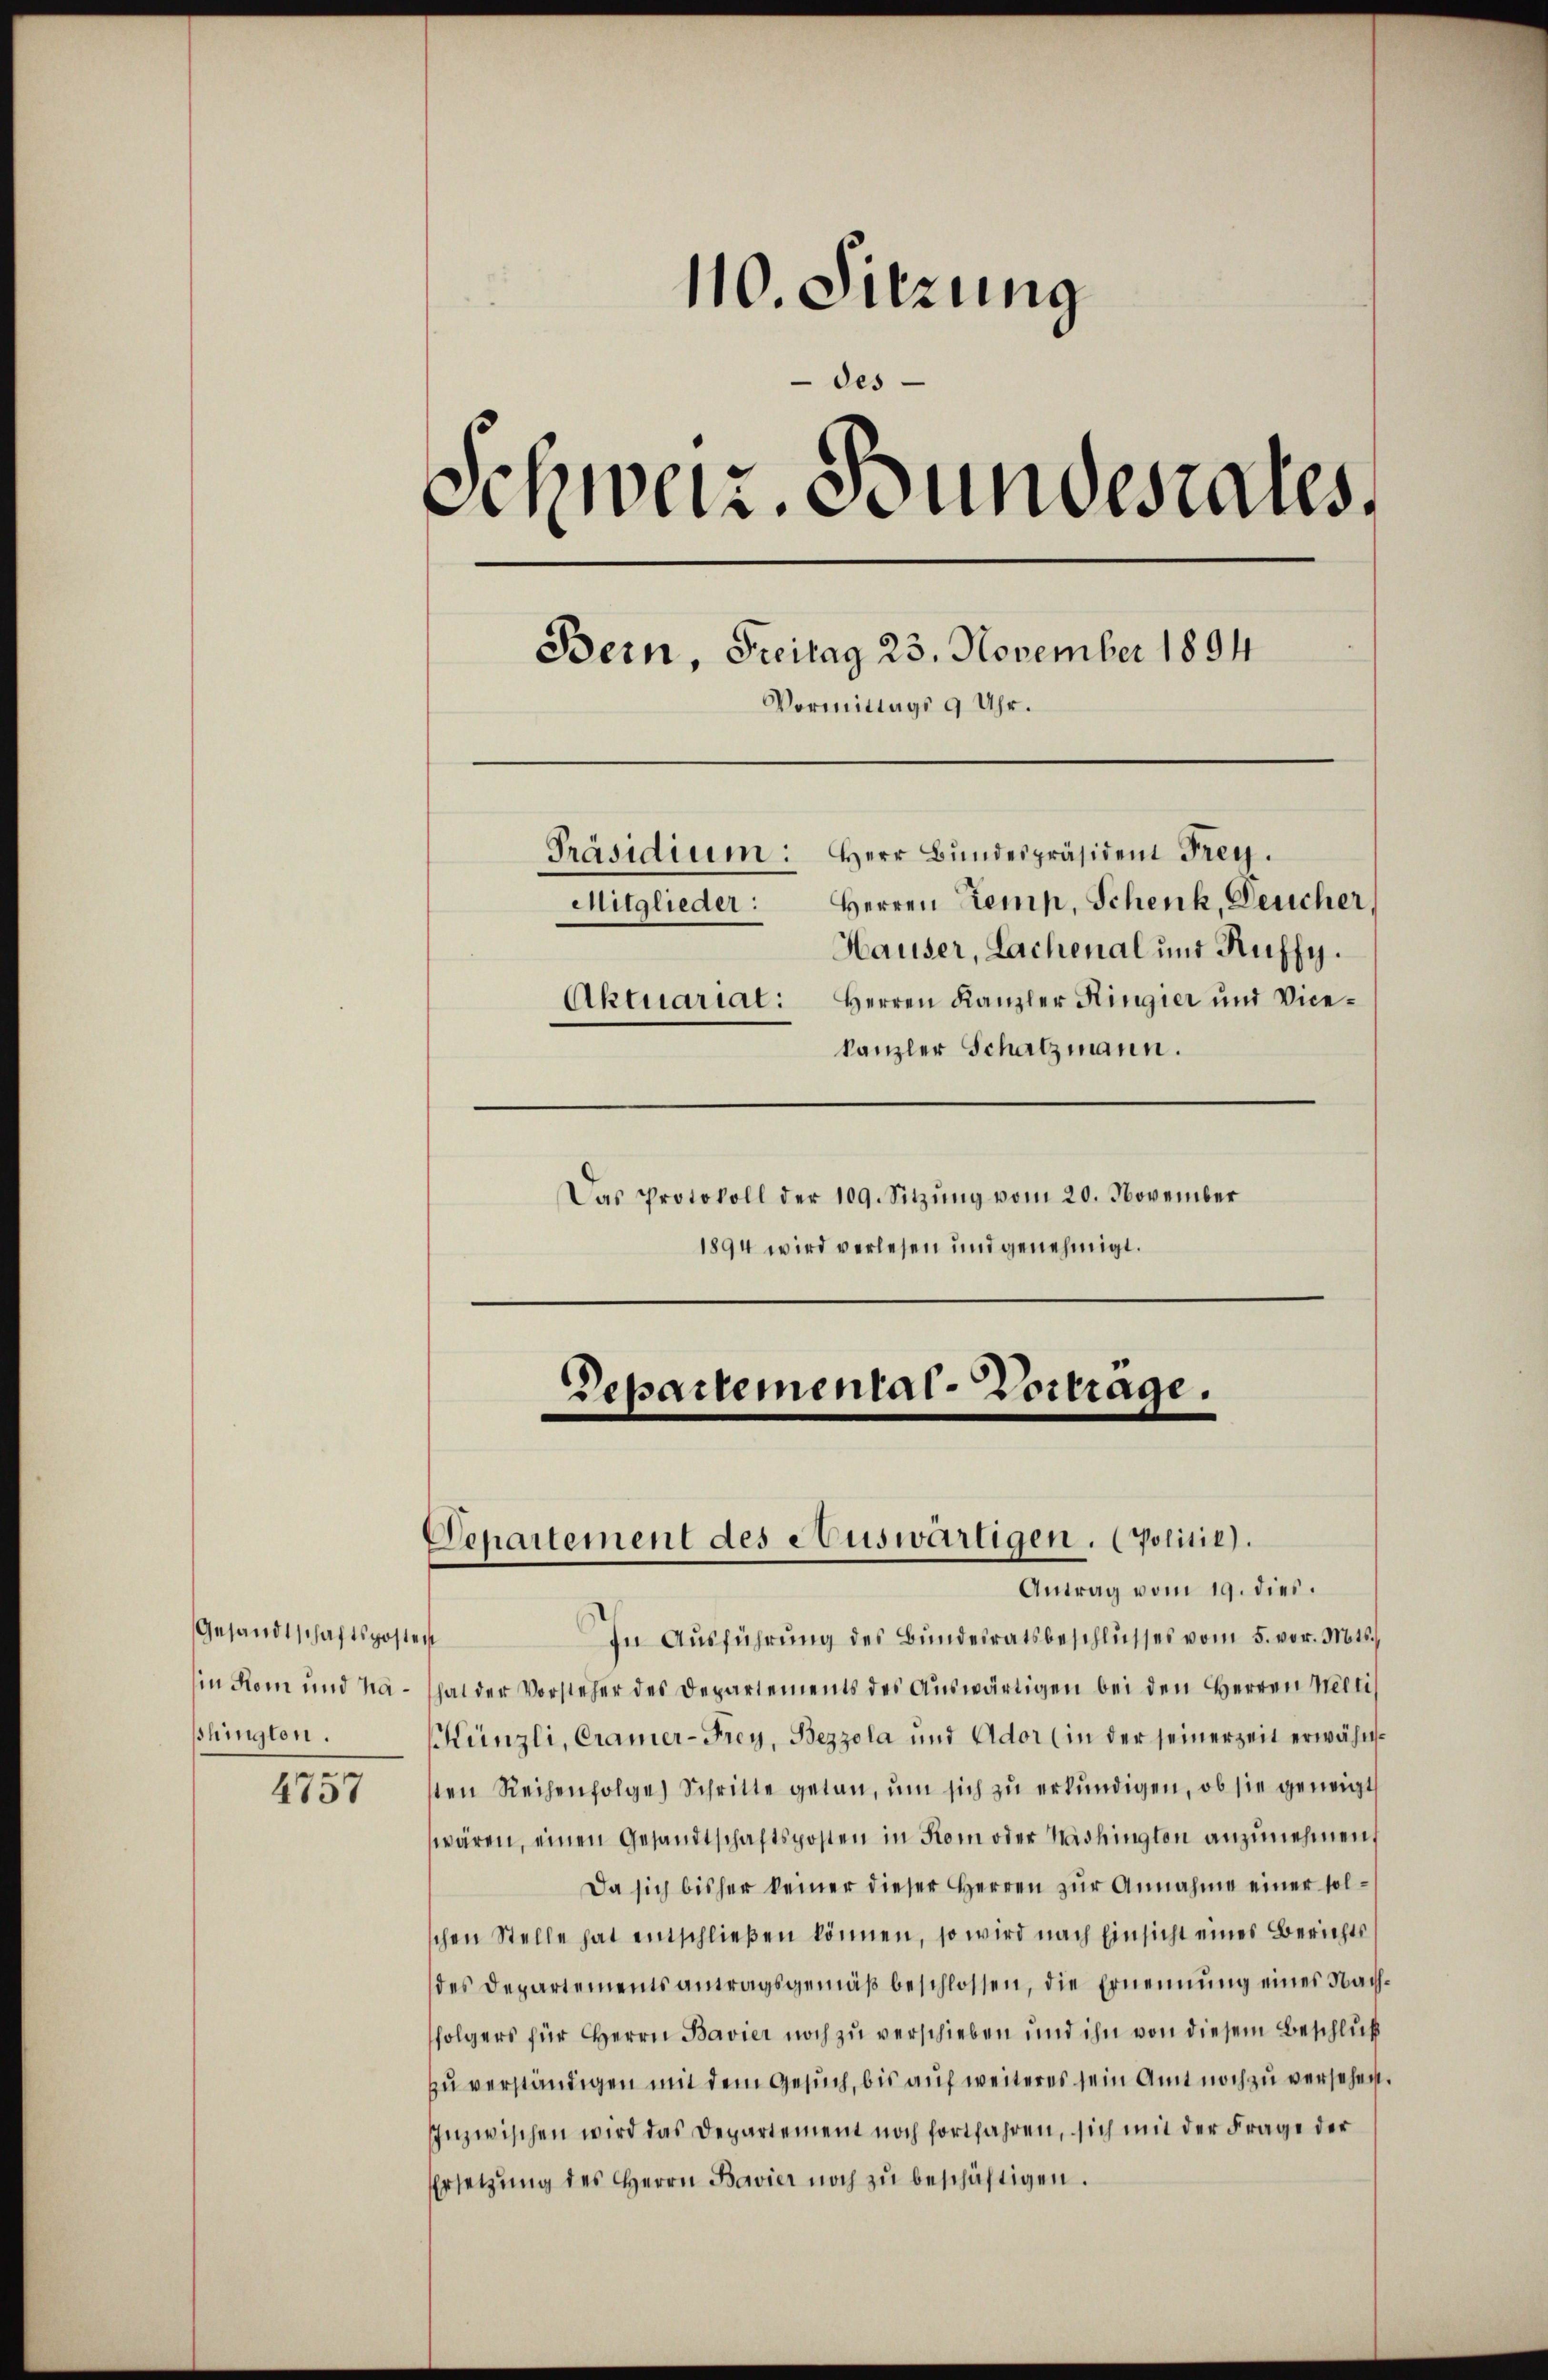
Gesandtschaftspostent
shingten.

4757

110. Sitzung
des
Schweiz. Bundesrates,
Bern, Freitag 23. November 1894
Vormittags 9 Uhr.
Präsidium: Herr Bundespräsident Frey.
Herren Kemp, Schenk, Deucher
Mitglieder:
Hauser, Lachenal und Ruffy.
Aktuariat: Herren Kanzler Ringier und Vice-
kanzler Schatzmann.

Separtemental-Vortrage.

Departement des Auswärtigen. (Politie).

Das Protokoll der 109. Sitzŭng vom 20. November
1894 wird verlesen und genehmigt.

Antrag vom 19. dies.
In Ausführung des Bundeiratsbeschlusses vom 5. vor. Mts.
in Rom und na - That der Vorsteher des Departements des Auswärtigen bei den Herren Melli
Künzli, Cramer-Frey, Bezzola und Ador (in der seinerzeit erwähnsten Reihenfolge Schritte getan, ŭm sich zu erkundigen, ob sie geneigt
wären, einen Gesandtschaftsposten in Rom oder Washington anzunehmen,
Da sich bisher keiner dieser Herren zŭr Annahme einer solschen Stelle hat entschlieβen können, so wird nach Einsicht eines Berichts
des Departementsantragsgemäß beschlossen, die Ernennung eines Nachfolgers für Herrn Bavier noch zu verschieben und ihn von diesem Beschluß
zu verständigen mit dem Gesuch, bis auf weiteres sein Amt noch zu versehen.
Inzwischen wird das Departement noch fortfahren, sich mit der Frage der
Ersetzŭng des Herrn Bavier noch zŭ beschäftigen.